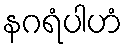
နဂရံပါဟံ